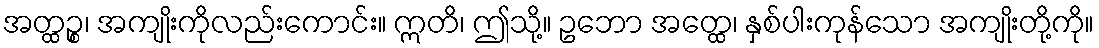
အတ္ထဉ္စ၊ အကျိုးကိုလည်းကောင်း။ ဣတိ၊ ဤသို့။ ဥဘော အတ္ထေ၊ နှစ်ပါးကုန်သော အကျိုးတို့ကို။